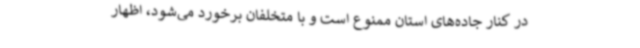
در کنار جاده‌های استان ممنوع است و با متخلفان برخورد می‌شود، اظهار